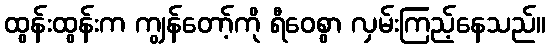
ထွန်းထွန်းက ကျွန်တော့်ကို ရီဝေစွာ လှမ်းကြည့်နေသည်။